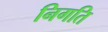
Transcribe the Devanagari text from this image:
निगति